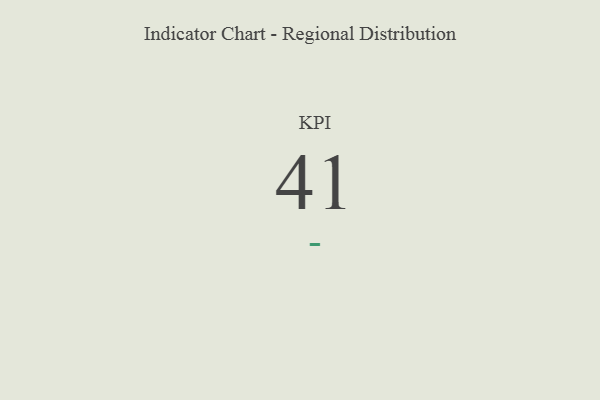
{"axis": {"x": "KPI", "y": "Value"}, "legend": [""], "data": [{"x": "KPI", "y": 41, "type": ""}]}